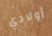
أولادي